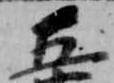
五